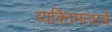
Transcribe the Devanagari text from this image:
व्यक्तिमत्वाचे